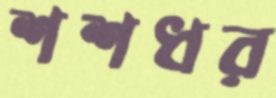
শশধর